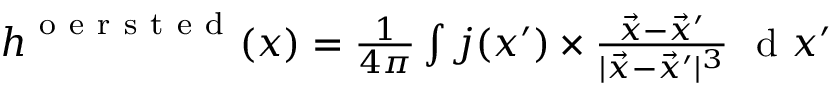
\begin{array} { r } { \boldsymbol { h } ^ { \mathrm { ~ o ~ e ~ r ~ s ~ t ~ e ~ d ~ } } ( \boldsymbol { x } ) = \frac { 1 } { 4 \pi } \int \boldsymbol { j } ( \boldsymbol { x } ^ { \prime } ) \times \frac { \vec { x } - \vec { x } ^ { \prime } } { \vert \vec { x } - \vec { x } ^ { \prime } \vert ^ { 3 } } \, \, \mathrm { ~ d ~ } \boldsymbol { x } ^ { \prime } } \end{array}